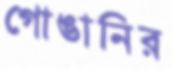
গোঙানির